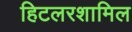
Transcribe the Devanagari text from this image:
हिटलरशामिल